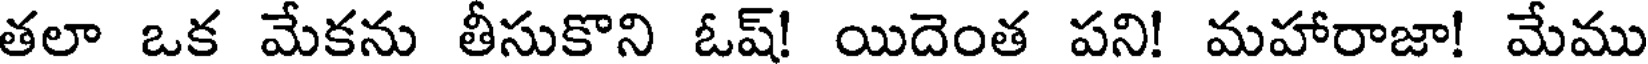
తలా ఒక మేకను తీసుకొని ఓష్! యిదెంత పని! మహారాజా! మేము